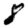
Digit: 8